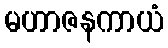
မဟာဇနကာယံ